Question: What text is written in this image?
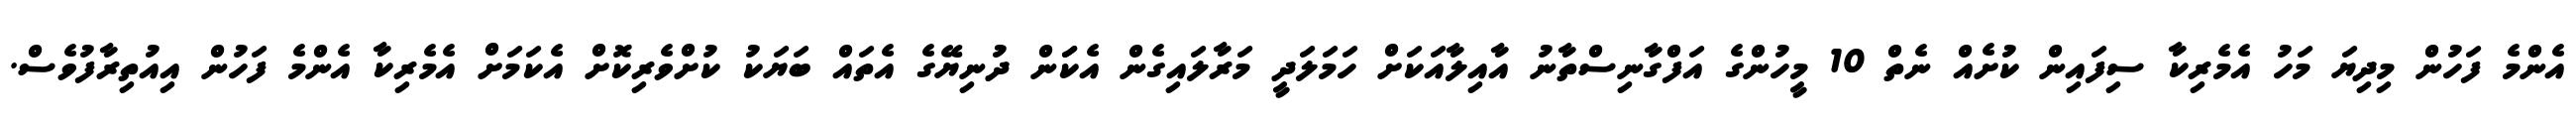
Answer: އެންމެ ފަހުން މިދިޔަ މަހު އެމެރިކާ ސިފައިން ކުށެއް ނެތް 10 މީހުންގެ އަފްގާނިސްތާނު އާއިލާއަކަށް ހަމަލަދީ މަރާލައިގެން އެކަަން ދުނިޔޭގެ އެތައް ބަޔަކު ކުށްވެރިކޮށް އެކަމަށް އެމެރިކާ އެންމެ ފަހުން އިއުތިރާފުވެސް.